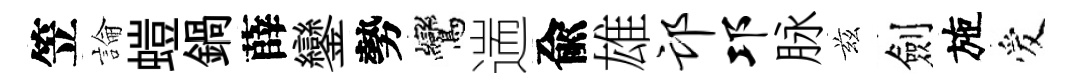
笠論螘鍋薛鑾勢鸞遄兪雄邙邛脉兹劍施爱